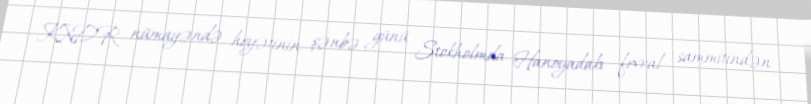
KXDR nümayəndə heyətinin şənbə günü Stokholmda Hanoyadakı fevral sammitindən